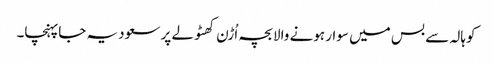
کوہالہ سے بس میں سوار ہونے والابچہ اُڑن کھٹولے پر سعودیہ جاپہنچا۔